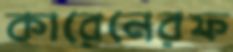
কারেনেরফ